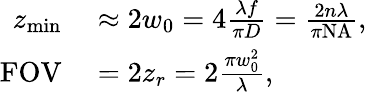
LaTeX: \begin{array}{rl}{z_{\mathrm{min}}}&{{}\approx 2w_{0}=4\frac{\lambda f}{\pi D}=\frac{2n\lambda}{\pi\mathrm{NA}},}\\ {\mathrm{FOV}}&{{}=2z_{r}=2\frac{\pi w_{0}^{2}}{\lambda},}\end{array}